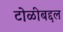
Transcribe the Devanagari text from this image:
टोळीबद्दल